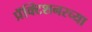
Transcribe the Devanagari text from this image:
प्रॅक्टिशनरच्या